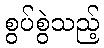
စွပ်စွဲသည့်